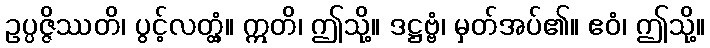
ဥပ္ပဇ္ဇိဿတိ၊ ပွင့်လတ္တံ့။ ဣတိ၊ ဤသို့။ ဒဋ္ဌဗ္ဗံ၊ မှတ်အပ်၏။ ဧဝံ၊ ဤသို့။